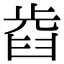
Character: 𣦋